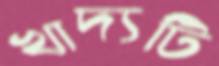
খাদ্যটি